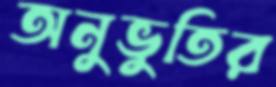
অনুভুতির